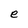
Character: e